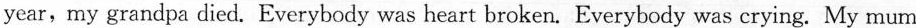
year,my grandpa died. Everybody was heart broken. Everybody was crying. My mum